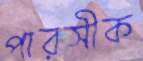
পারসীক